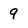
Character: 9